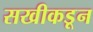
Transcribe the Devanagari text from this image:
सखीकडून